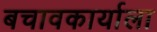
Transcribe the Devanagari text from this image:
बचावकार्याला